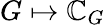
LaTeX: G\mapsto{\mathbb{C}}_{G}